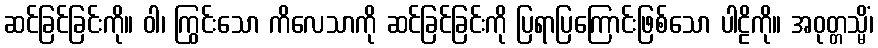
ဆင်ခြင်ခြင်းကို။ ဝါ၊ ကြွင်းသော ကိလေသာကို ဆင်ခြင်ခြင်းကို ပြရာပြကြောင်းဖြစ်သော ပါဠိကို။ အဝုတ္တသ္မိံ၊